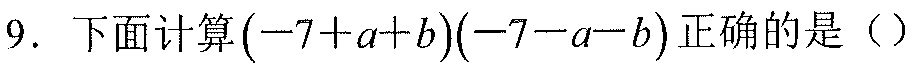
9. 下面计算\((-7 + a + b)(-7 - a - b)\)正确的是（ ）